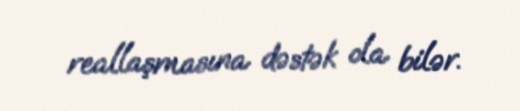
reallaşmasına dəstək ola bilər.